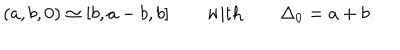
( a , b , 0 ) \simeq [ b , a - b , b ] \qquad \mathrm { w i t h } \qquad \Delta _ { 0 } = a + b .